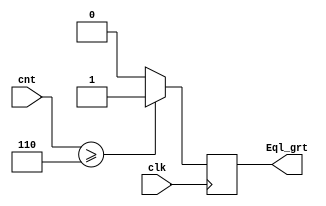
module Comparator(
clk,
cnt,
Eql_grt, 
);
input clk;
input [3:0]cnt;

output Eql_grt;

reg Eql_grt;

always @( posedge clk ) 
begin
        if(cnt >= 4'b0110)
        Eql_grt<=1'b1;
        else
        Eql_grt<=1'b0;   
end 
    
endmodule